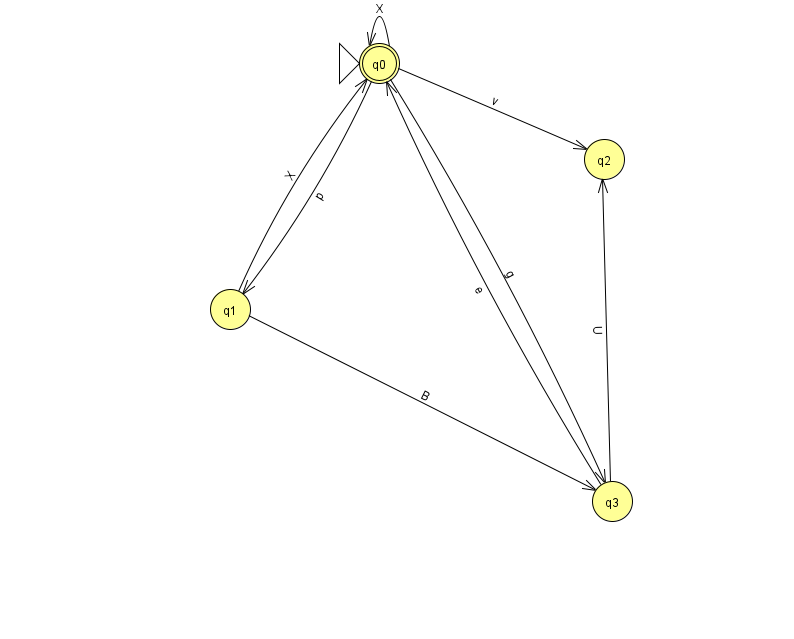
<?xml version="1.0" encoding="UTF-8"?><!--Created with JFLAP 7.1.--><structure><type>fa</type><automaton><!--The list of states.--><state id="0" name="q0"><x>379.0</x><y>50.0</y><initial/><final/></state><state id="1" name="q1"><x>230.0</x><y>296.0</y></state><state id="2" name="q2"><x>604.0</x><y>146.0</y></state><state id="3" name="q3"><x>612.0</x><y>488.0</y></state><!--The list of transitions.--><transition><from>0</from><to>2</to><read>v</read></transition><transition><from>3</from><to>0</to><read>e</read></transition><transition><from>0</from><to>3</to><read>g</read></transition><transition><from>3</from><to>2</to><read>U</read></transition><transition><from>1</from><to>0</to><read>X</read></transition><transition><from>0</from><to>0</to><read>X</read></transition><transition><from>1</from><to>3</to><read>B</read></transition><transition><from>0</from><to>1</to><read>p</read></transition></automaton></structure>